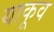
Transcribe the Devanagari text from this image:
याकूव